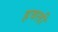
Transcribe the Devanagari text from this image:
हवली